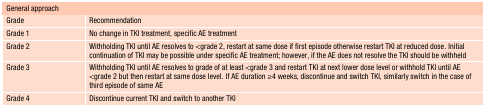
<table><thead><tr><td colspan="2"><b>General approach</b></td></tr></thead><tbody><tr><td>Grade</td><td>Recommendation</td></tr><tr><td>Grade 1</td><td>No change in TKI treatment, specific AE treatment</td></tr><tr><td>Grade 2</td><td>Withholding TKI until AE resolves to &lt;grade 2, restart at same dose if first episode otherwise restart TKI at reduced dose. Initial continuation of TKI may be possible under specific AE treatment; however, if the AE does not resolve the TKI should be withheld </td></tr><tr><td>Grade 3</td><td>Withholding TKI until AE resolves to grade of at least &lt;grade 3 and restart TKI at next lower dose level or withhold TKI until AE &lt;grade 2 but then restart at same dose level. If AE duration ≥4 weeks, discontinue and switch TKI, similarly switch in the case of third episode of same AE</td></tr><tr><td>Grade 4</td><td>Discontinue current TKI and switch to another TKI</td></tr></tbody></table>